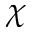
\chi